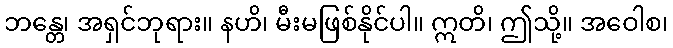
ဘန္တေ၊ အရှင်ဘုရား။ နဟိ၊ မီးမဖြစ်နိုင်ပါ။ ဣတိ၊ ဤသို့။ အဝေါစ၊